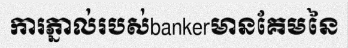
ការភ្នាល់របស់bankerមានគែមនៃ